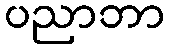
ပညာဘာ